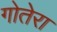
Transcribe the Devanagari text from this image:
गोतेरा